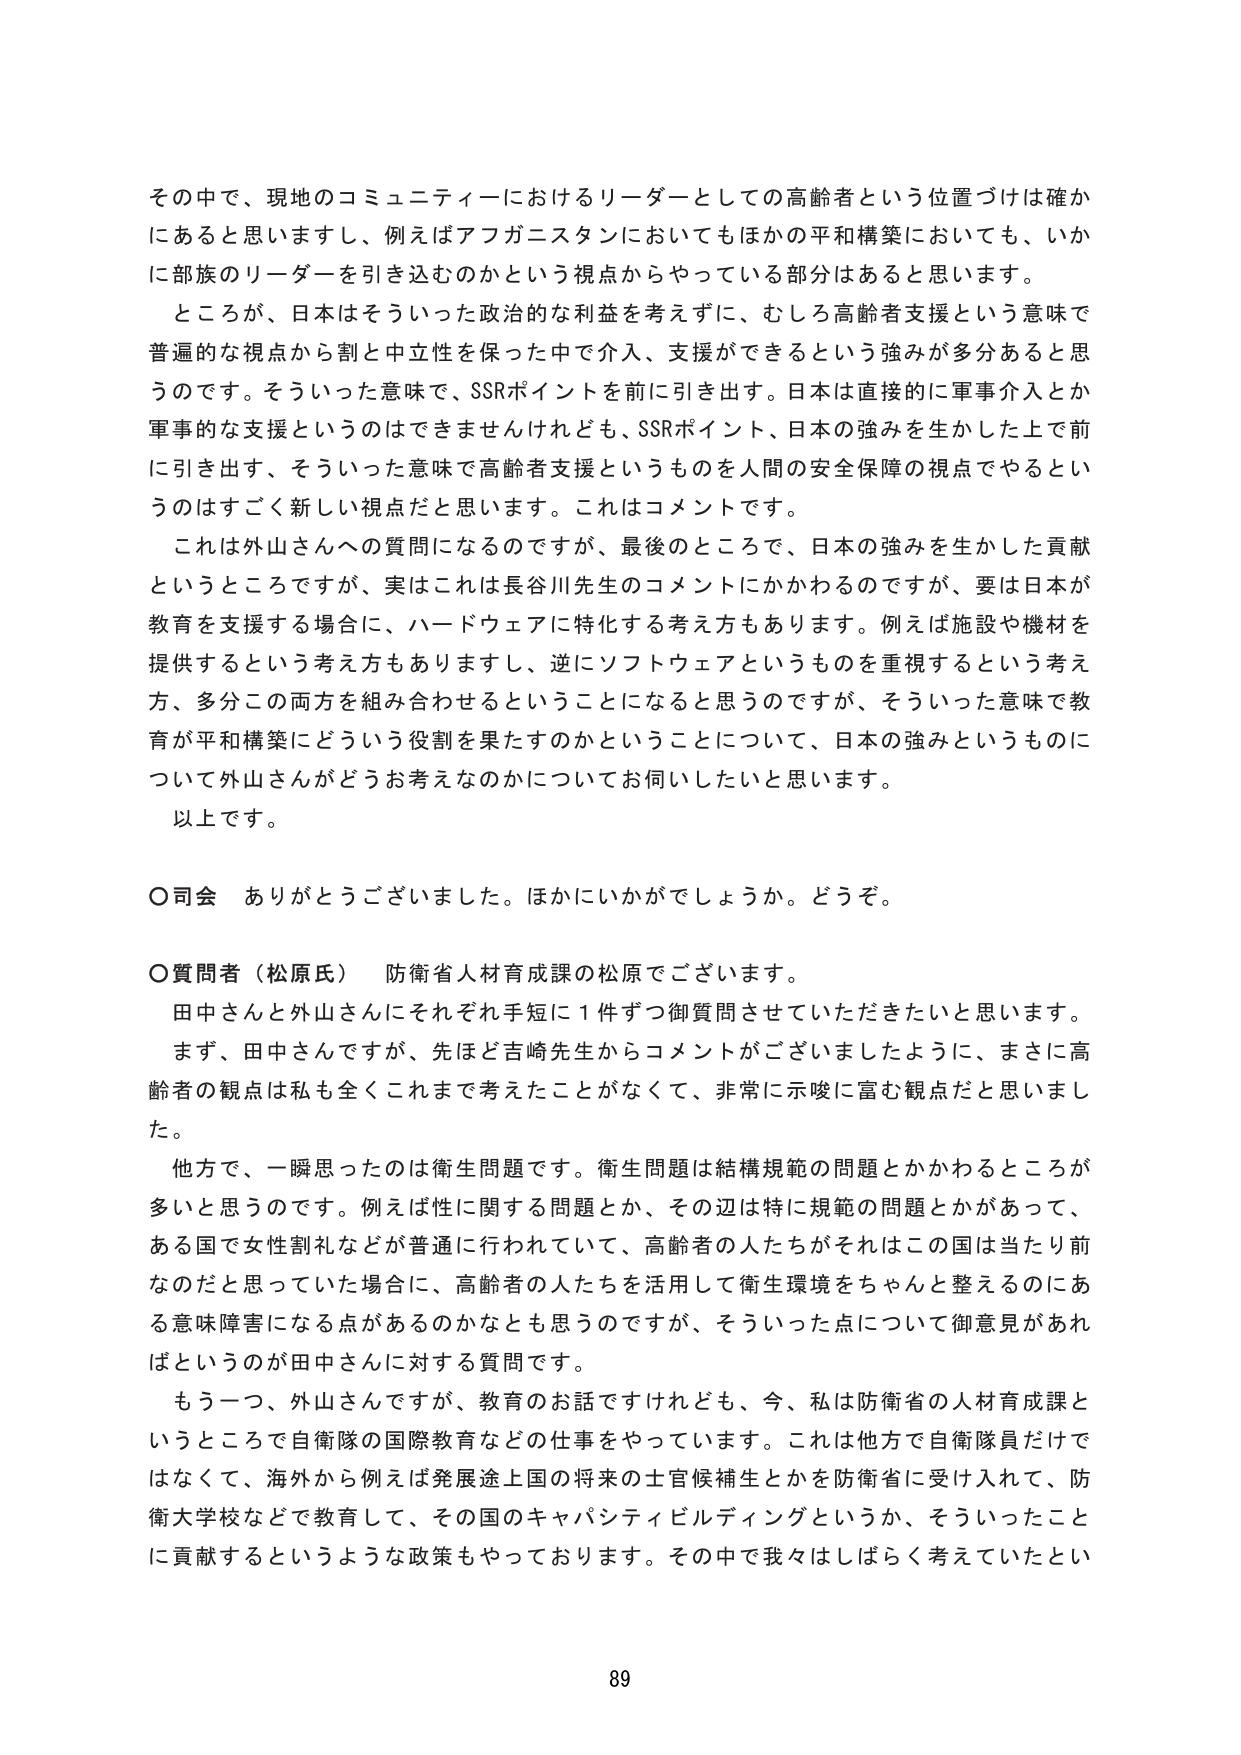
その中で、現地のコミュニティにおけるリーダーとしての高齢者という位置づけは確かにあると思いますし、例えばアフガニスタンにおいてもほかの平和構築においても、いかに部族のリーダーを引き込むのかという視点からやっている部分はあると思います。

ところが、日本はそういった政治的な利益を考えずに、むしろ高齢者支援という意味で普遍的な視点から割と中立性を保った中で介入、支援ができるという強みが多分あると思うのです。そういった意味で、SSRポイントを前に引き出す。日本は直接的に軍事介入とか軍事的な支援というのはできませんけれども、SSRポイント、日本の強みを生かした上で前に引き出す、そういった意味で高齢者支援というものを人間の安全保障の視点でやるというのはすごく新しい視点だと思います。これはコメントです。

これは外山さんへの質問になるのですが、最後のところで、日本の強みを生かした貢献というところですが、実はこれは長谷川先生のコメントにかかわるのですが、要は日本が教育を支援する場合に、ハードウェアに特化する考え方もあります。例えば施設や機材を提供するという考え方もありますし、逆にソフトウェアというものを重視するという考え方、多分この両方を組み合わせるということになると思うのですが、そういった意味で教育が平和構築にどういう役割を果たすのかということについて、日本の強みというものについて外山さんがどうお考えなのかについてお伺いしたいと思います。

以上です。

○司会　ありがとうございました。ほかにいかがでしょうか。どうぞ。

○質問者（松原氏）　防衛省人材育成課の松原でございます。

田中さんと外山さんにそれぞれ手短に１件ずつ御質問させていただきたいと思います。

まず、田中さんですが、先ほど吉崎先生からコメントがございましたように、まさに高齢者の観点は私も全くこれまで考えたことがなくて、非常に示唆に富む観点だと思いました。

他方で、一瞬思ったのは衛生問題です。衛生問題は結構規範の問題とかかわるところが多いと思うのです。例えば性に関する問題とか、その辺は特に規範の問題とかがあって、ある国で女性割礼などが普通に行われていて、高齢者の人たちがそれはこの国は当たり前なのだと思っていた場合に、高齢者の人たちを活用して衛生環境をちゃんと整えるのにある意味障害になる点があるのかなとも思うのですが、そういった点について御意見があればというのが田中さんに対する質問です。

もう一つ、外山さんですが、教育のお話ですけれども、今、私は防衛省の人材育成課ということで自衛隊の国際教育などの仕事をやっています。これは他方で自衛隊員だけではなくて、海外から例えば発展途上国の将来の士官候補生とかを防衛省に受け入れて、防衛大学校などで教育して、その国のキャパシティビルディングというか、そういったことに貢献するというような政策もやっております。その中で我々はしばらく考えていたとい

89